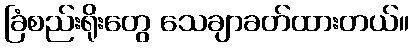
ခြံစည်းရိုးတွေ သေချာခတ်ထားတယ်။